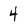
Character: 4